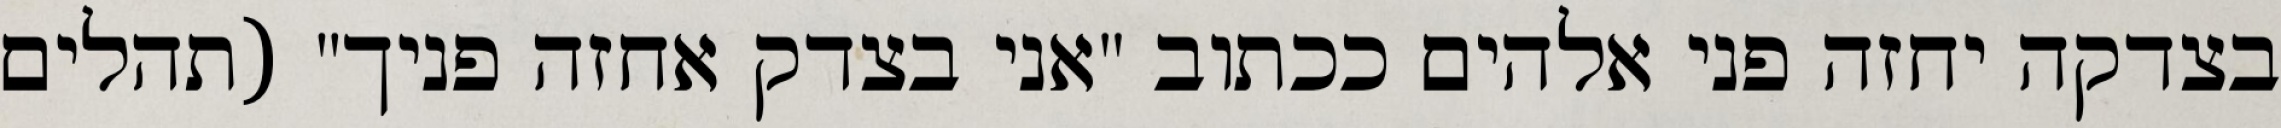
בצדקה יחזה פני אלהים ככתוב "אני בצדק אחזה פניך" (תהלים